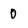
Character: 0